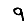
Digit: 9